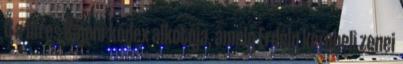
Ő a híres Kájoni-kódex alkotója, amely Erdély korabeli zenei